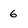
Character: 6